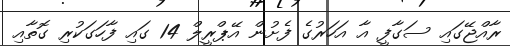
ރާއްޖޭގައި ސަގާފީ އާ އަހަރުގެ ފެށުން އޭޕްރީލް 14 ގައި ފާހަގަކުރި ގޮތާއި